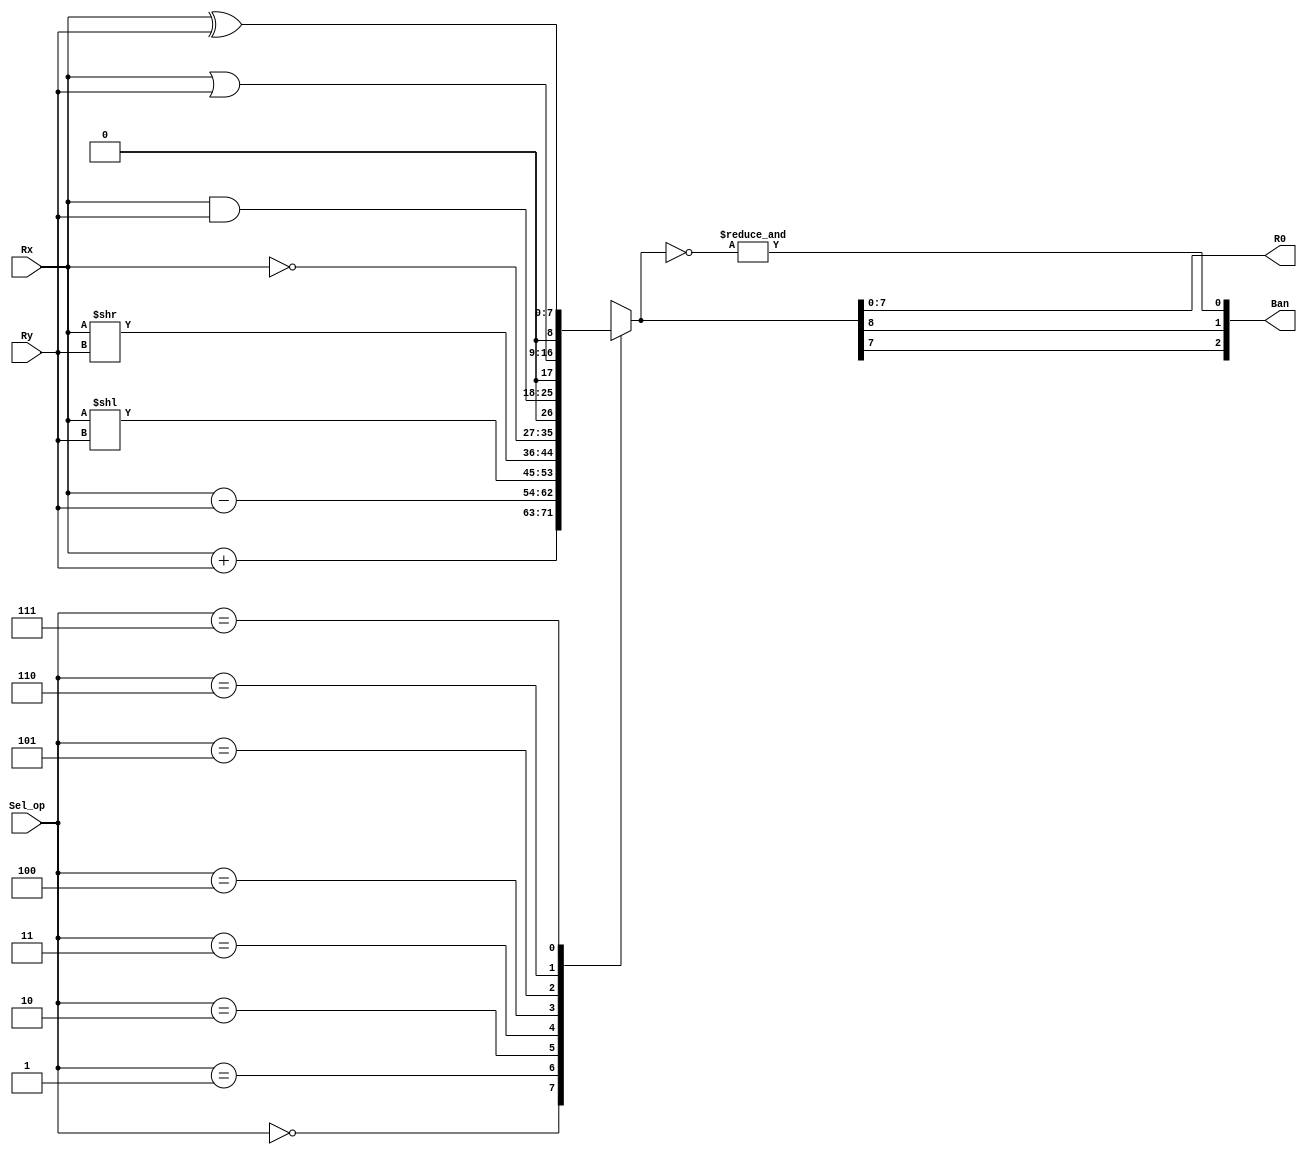
`timescale 1ns / 1ps
//////////////////////////////////////////////////////////////////////////////////
// Company: 
// Engineer: 
// 
// Design Name: 
// Module Name: alu_micro
// Project Name: 
// Target Devices: 
// Tool Versions: 
// Description: 
// 
// Dependencies: 
// 
// Revision:
// Revision 0.01 - File Created
// Additional Comments:
// 
//////////////////////////////////////////////////////////////////////////////////


module alu_micro
(
    input [7:0] Rx,
    input [7:0] Ry,
    input [2:0] Sel_op,
    output [7:0] R0,
    output [2:0] Ban
    );
    
    reg [8:0] F;
    
        always@*
            begin
                case(Sel_op)
                     0: F <= Rx+Ry;
                     1: F <= Rx-Ry;
                     2: F <= Rx<<Ry;
                     3: F <= Rx>>Ry;
                     4: F <= ~Rx;
                     5: F <= Rx&Ry;
                     6: F <= Rx|Ry;
                     7: F <= Rx^Ry;
                endcase
            end
    assign R0 = F[7:0];
    assign Ban [0] = &(~F);
    assign Ban [1] = F[8];
    assign Ban [2] = F[7];
endmodule